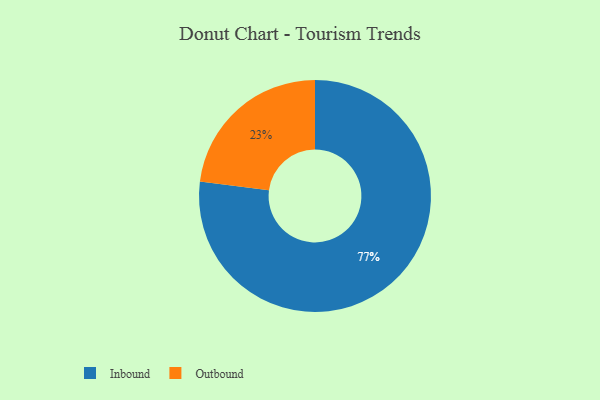
{"axis": {"x": "Category", "y": "Percentage"}, "legend": ["Inbound", "Outbound"], "data": [{"x": "Outbound", "y": 23, "type": "Outbound"}, {"x": "Inbound", "y": 77, "type": "Inbound"}]}